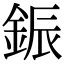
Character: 鋠